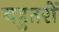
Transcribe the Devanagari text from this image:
बहुतरों